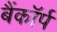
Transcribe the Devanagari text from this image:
बैंकॉर्प